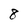
Character: 8